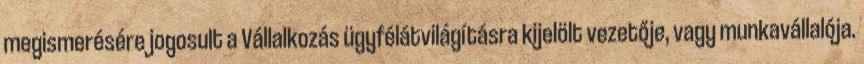
megismerésére jogosult a Vállalkozás ügyfélátvilágításra kijelölt vezetője, vagy munkavállalója.